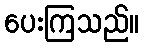
ပေးကြသည်။